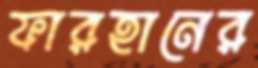
ফারহানের